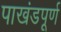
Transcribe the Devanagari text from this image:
पाखंडपूर्ण